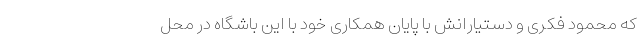
که محمود فکری و دستیارانش با پایان همکاری خود با این باشگاه در محل